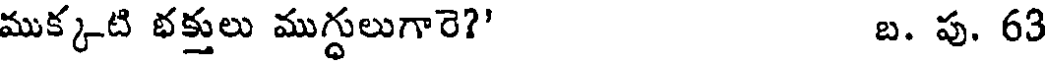
ముక్కటి భక్తులు ముగ్ధులుగారె?' బ. పు. 63